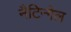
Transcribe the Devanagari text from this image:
नैटिन्गेल